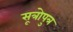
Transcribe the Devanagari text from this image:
सूत्रोपुत्र